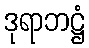
ဒုရာဘဋ္ဌံ